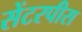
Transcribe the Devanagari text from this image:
सेंटरपीस